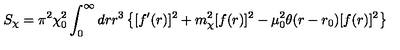
S _ { \chi } = \pi ^ { 2 } \chi _ { 0 } ^ { 2 } \int _ { 0 } ^ { \infty } d r r ^ { 3 } \left\{ [ f ^ { \prime } ( r ) ] ^ { 2 } + m _ { \chi } ^ { 2 } [ f ( r ) ] ^ { 2 } - \mu _ { 0 } ^ { 2 } \theta ( r - r _ { 0 } ) [ f ( r ) ] ^ { 2 } \right\}